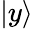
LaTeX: |y\rangle